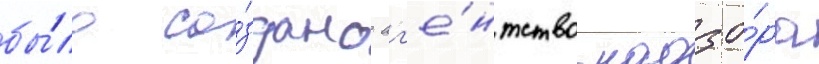
бы́ло со́здано аг'е́нтство надзо́ра